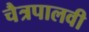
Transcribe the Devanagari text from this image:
चैत्रपालवी